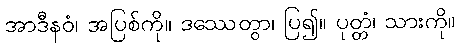
အာဒီနဝံ၊ အပြစ်ကို။ ဒဿေတွာ၊ ပြ၍။ ပုတ္တံ၊ သားကို။